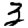
Digit: 3